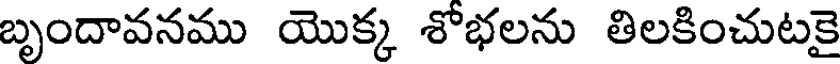
బృందావనము యొక్క శోభలను తిలకించుటకై